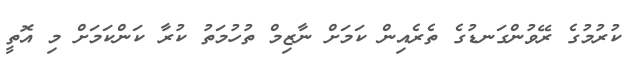
ކުރުމުގެ ރޭވުންގަނޑުގެ ތެރެއިން ކަމަށް ނާޒިމް ތުހުމަތު ކުރާ ކަންކަމަށް މި އޮތީ